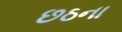
છઠના